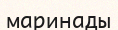
маринады